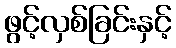
ဖွင့်လှစ်ခြင်းနှင့်